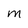
Character: M